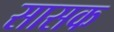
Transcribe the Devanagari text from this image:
सासक